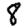
Digit: 8